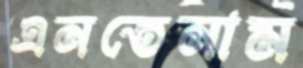
এনতেনাম